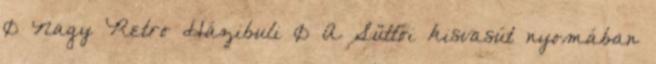
0 Nagy Retro Házibuli 0 A Süttői kisvasút nyomában